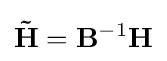
\mathbf {\tilde {H}} =\mathbf {B} ^{-1}\mathbf {H}